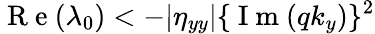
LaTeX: \mathrm{~R~e~}(\lambda_{0})<-|\eta_{yy}|\{ \mathrm{~I~m~}(qk_{y})\} ^{2}